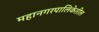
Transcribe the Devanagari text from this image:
महानगरपालिकेतील